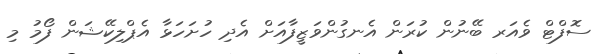
ސޮފްޓް ވެއަރ ބޭނުން ކުރަން އެނގުންވަޒީފާއަށް އެދި ހުށަހަޅާ އެޕްލިކޭޝަން ފޯމު މި